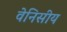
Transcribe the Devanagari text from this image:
वेनिसीय